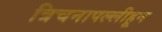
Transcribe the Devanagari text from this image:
त्रिचनापल्लीहून